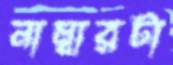
নাম্বারটা